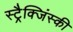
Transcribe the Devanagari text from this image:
स्ट्रैक्जिंस्की